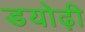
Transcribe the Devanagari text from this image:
डयोढ़ी